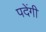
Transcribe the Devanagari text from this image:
पदेंगी